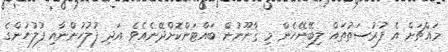
މައްޗަށް އެ ފުރުސަތުތައް ލިބޭނޭހެން މި ޤާނޫނުން ބައްޓަންކޮށްދޭނެއެވެ. އަދި ފުލުހުންނާއި ފުލުހުންގެ